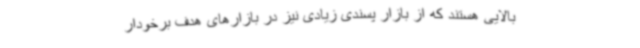
بالایی هستند که از بازار پسندی زیادی نیز در بازارهای هدف برخودار